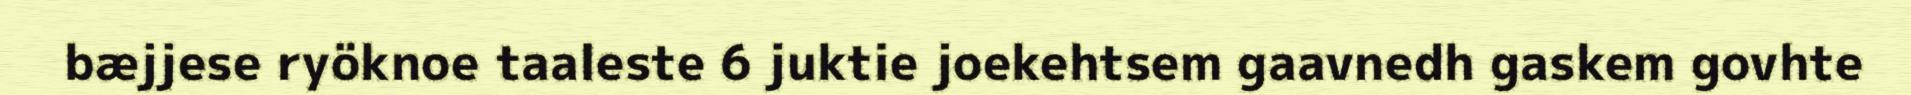
bæjjese ryöknoe taaleste 6 juktie joekehtsem gaavnedh gaskem govhte